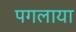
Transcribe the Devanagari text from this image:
पगलाया